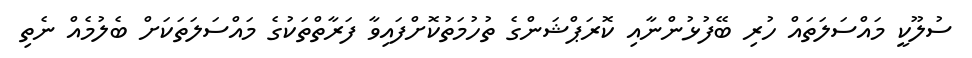
ސުލޫކީ މައްސަލަތައް ހުރި ބޭފުޅުންނާއި ކޮރަޕްޝަންގެ ތުހުމަތުކޮށްފައިވާ ފަރާތްތަކުގެ މައްސަލަތަކަށް ބެލުމެއް ނެތި